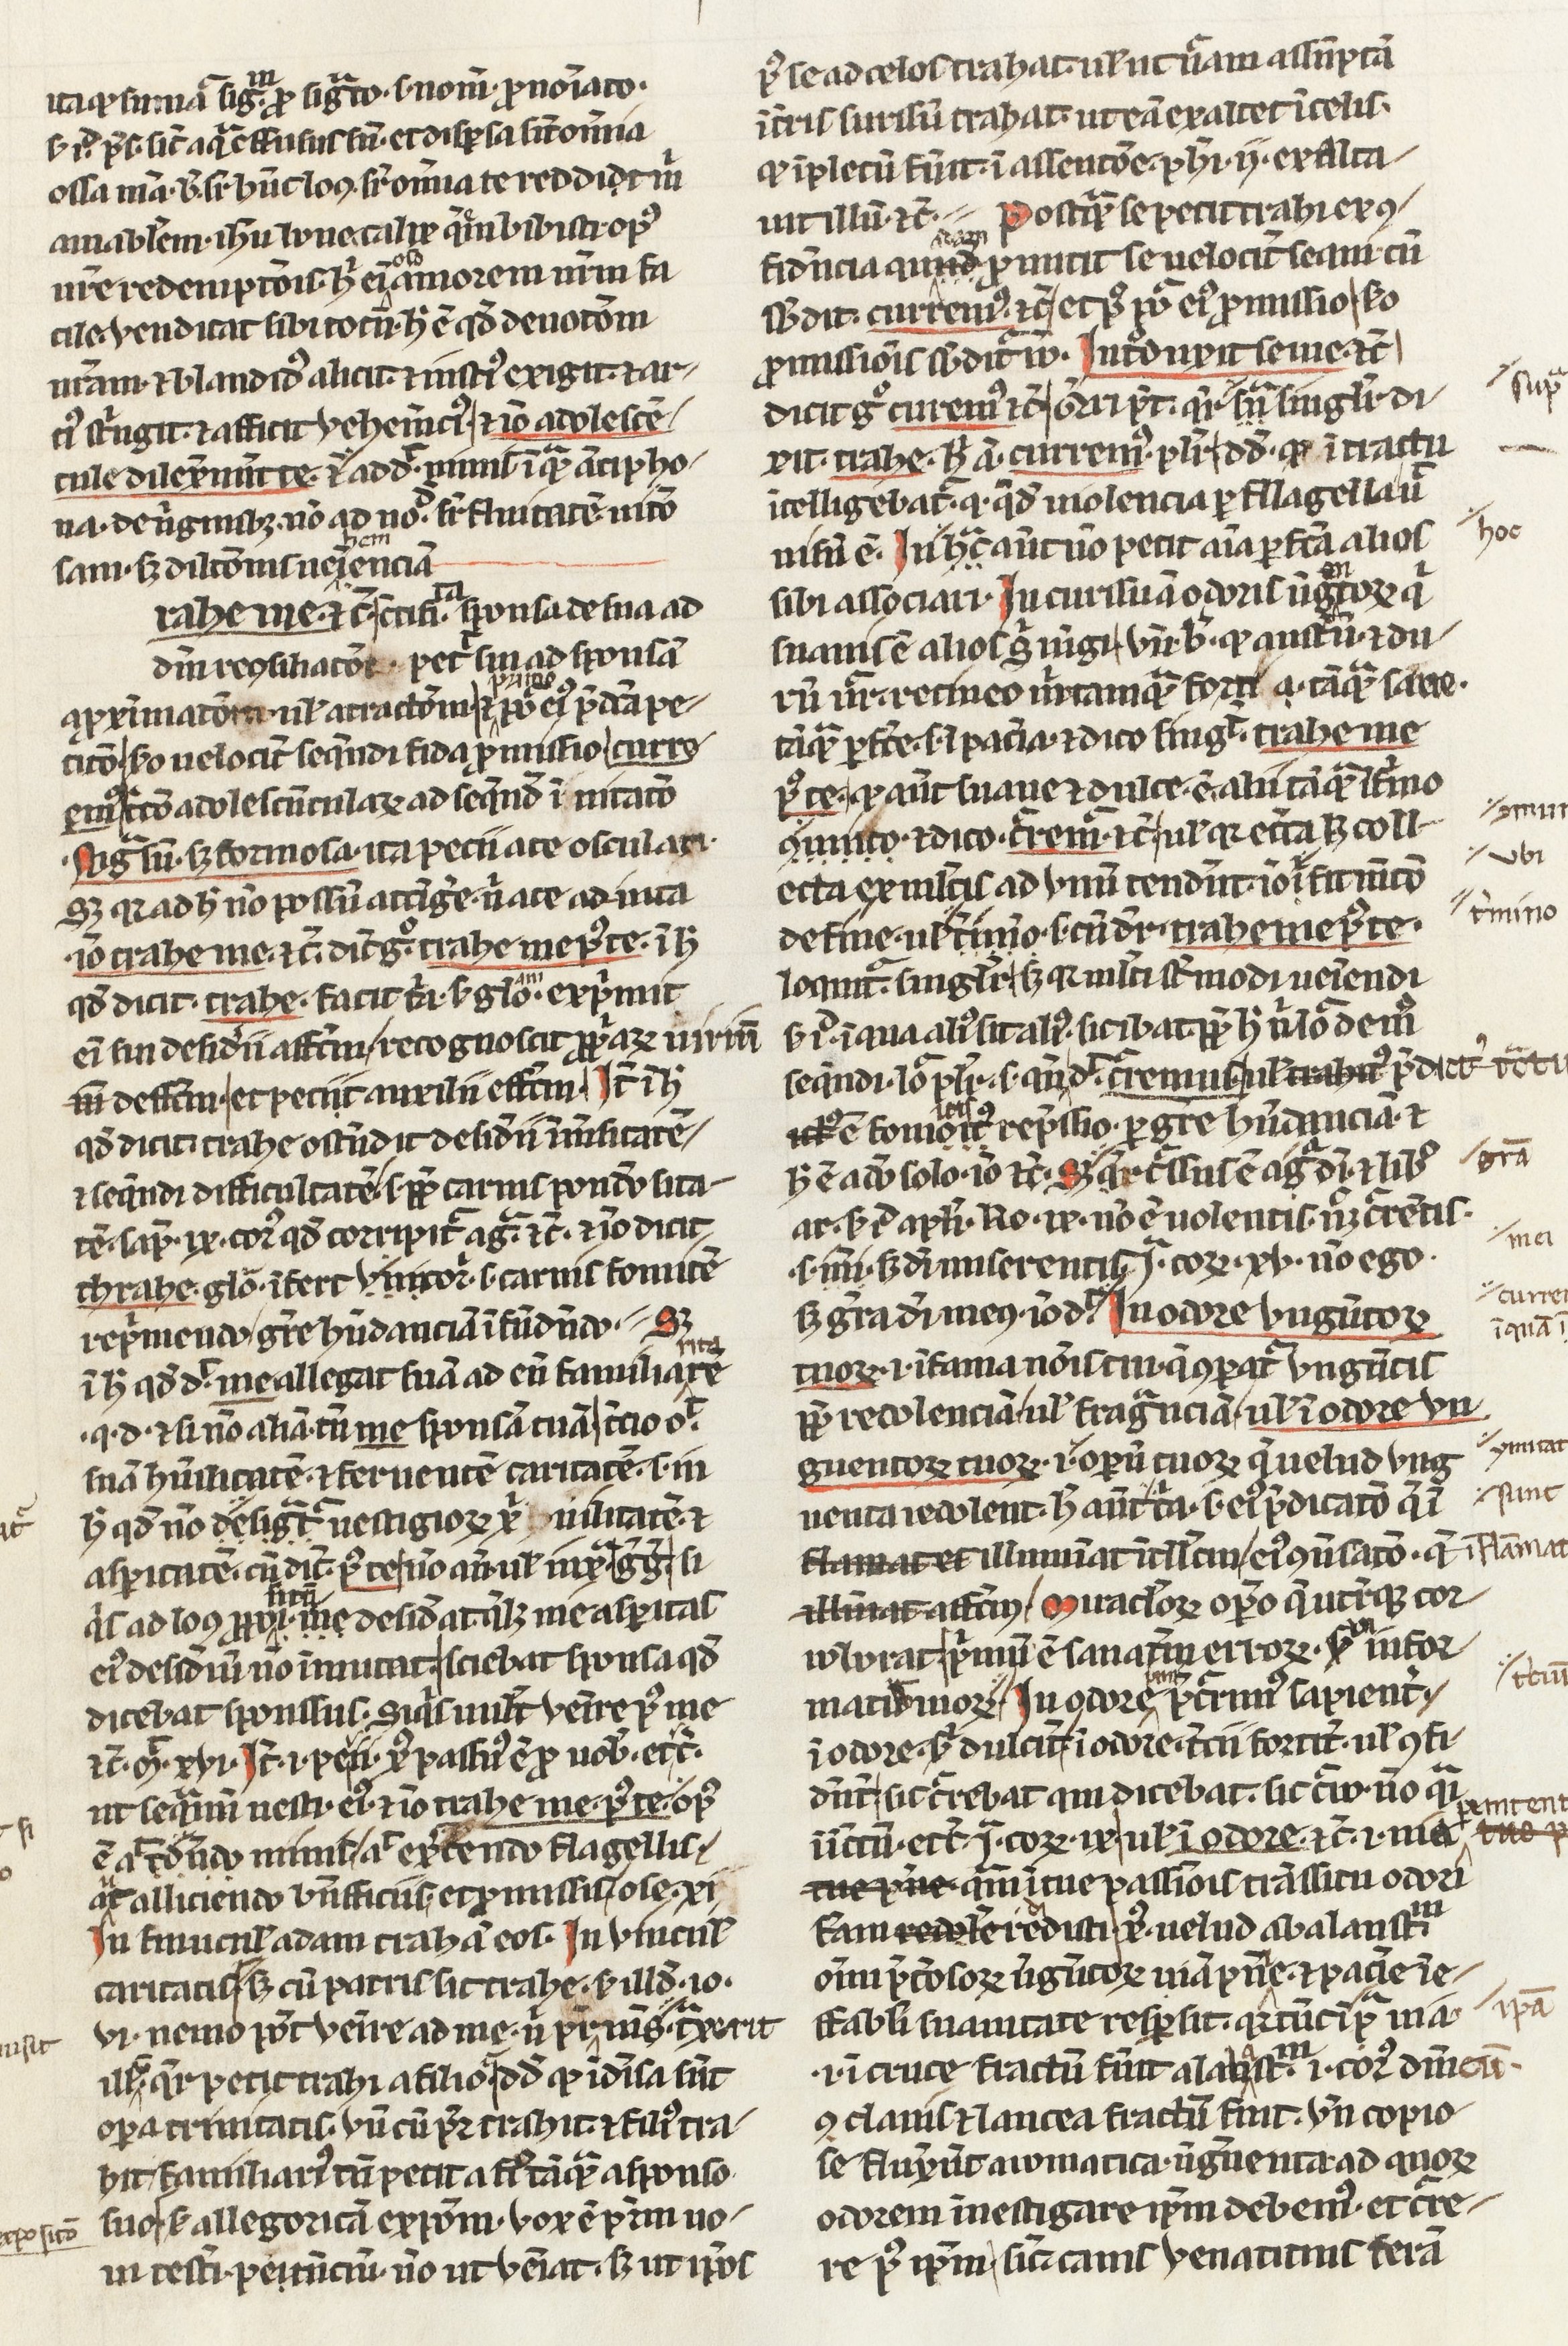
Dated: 1400–1430